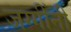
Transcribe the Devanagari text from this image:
जग्गींनी